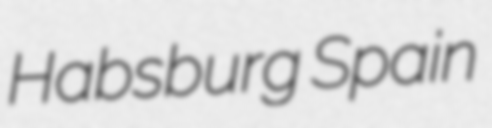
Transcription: Habsburg Spain